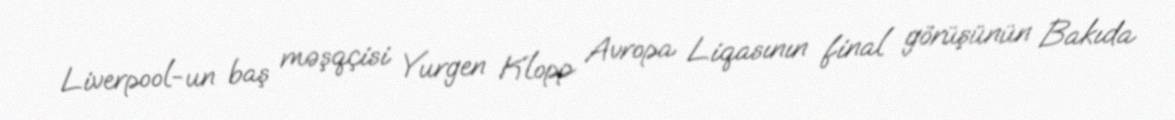
Liverpool-un baş məşqçisi Yurgen Klopp Avropa Liqasının final görüşünün Bakıda